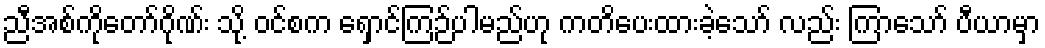
ညီအစ်ကိုတော်ဂိုဏ်း သို့ ဝင်စက ရှောင်ကြဉ်ပါမည်ဟု ကတိပေးထားခဲ့သော် လည်း ကြာသော် ပီယာမှာ